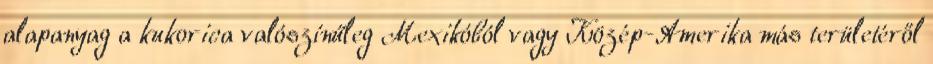
alapanyag a kukorica valószínűleg Mexikóból vagy Közép-Amerika más területéről